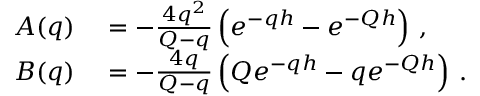
\begin{array} { r l } { A ( q ) } & { { } = - \frac { 4 q ^ { 2 } } { Q - q } \left( e ^ { - q h } - e ^ { - Q h } \right) \, , } \\ { B ( q ) } & { { } = - \frac { 4 q } { Q - q } \left( Q e ^ { - q h } - q e ^ { - Q h } \right) \, . } \end{array}